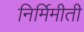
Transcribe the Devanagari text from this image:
निर्मिमीती